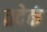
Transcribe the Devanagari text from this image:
तदेकं